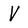
Character: V